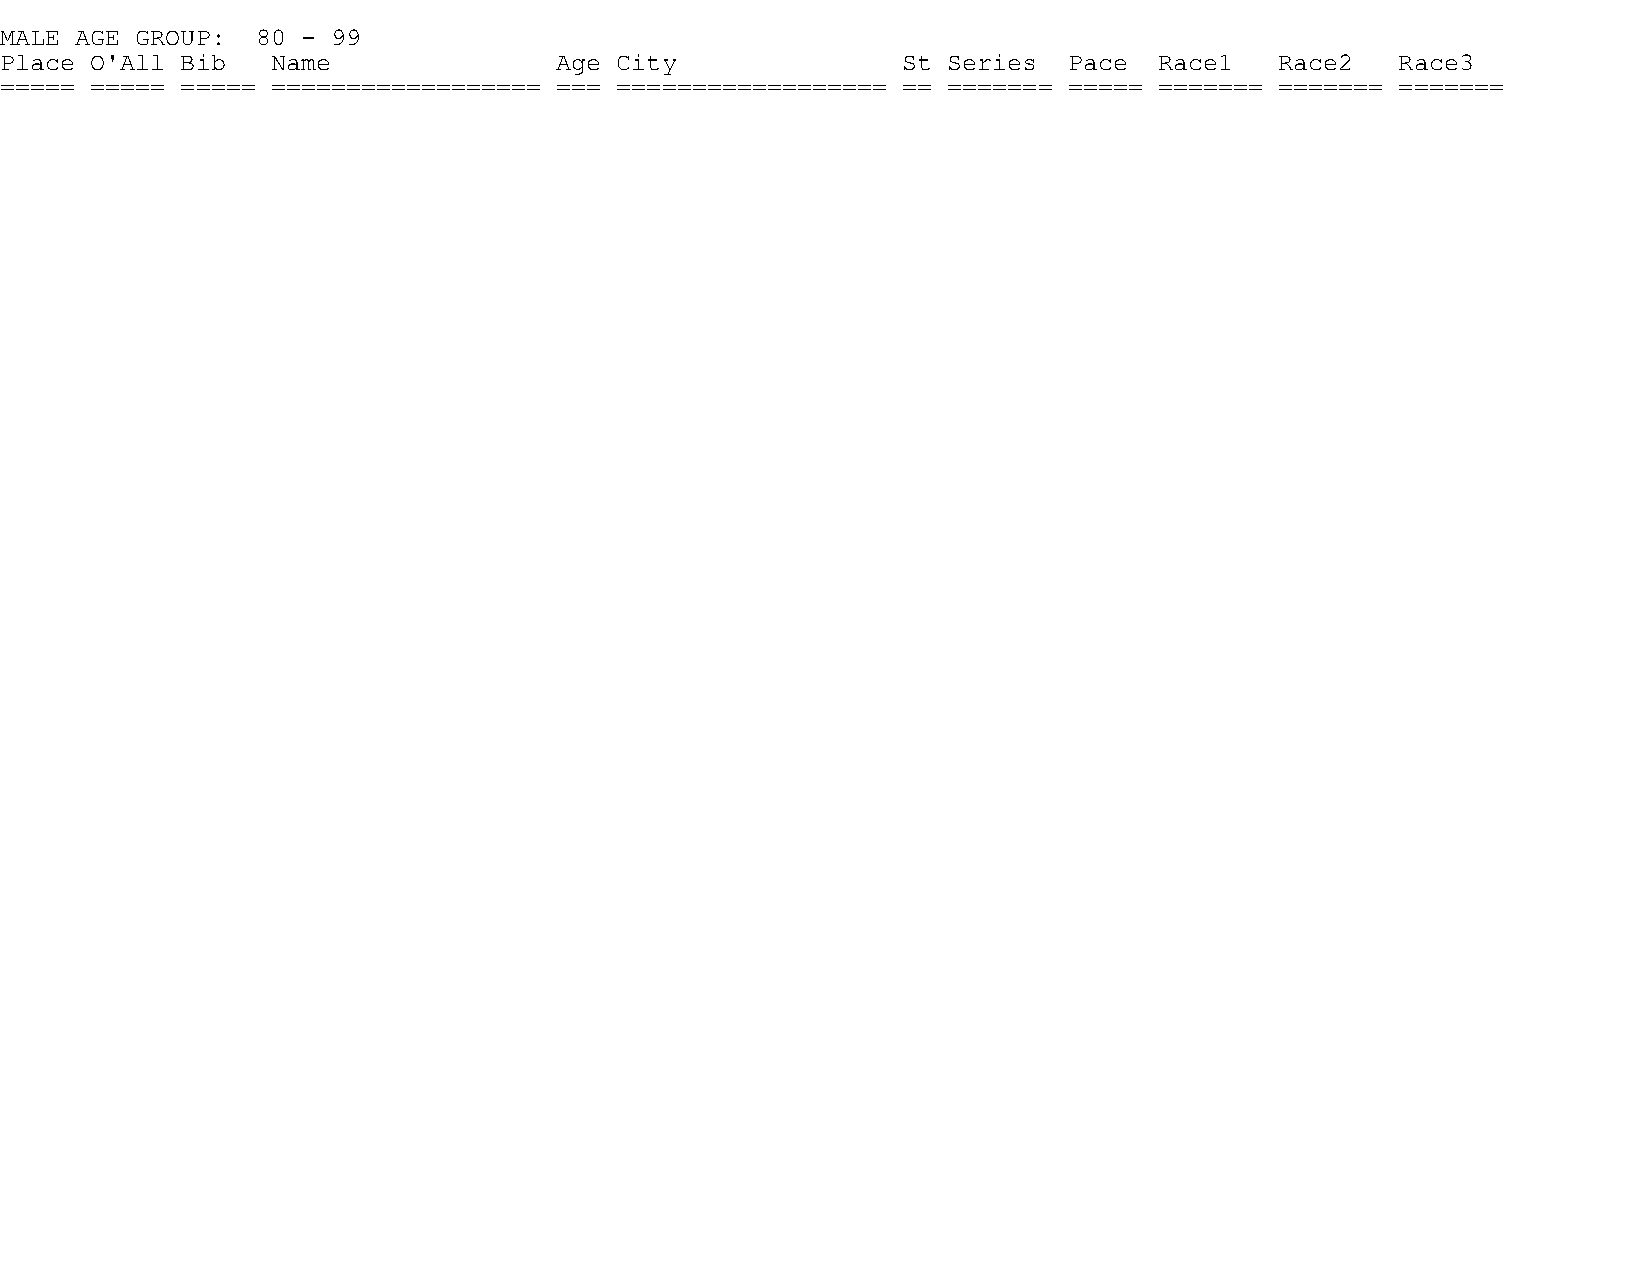
MALE AGE GROUP:  80 - 99
 Place O'All Bib   Name               Age City               St Series  Pace  Race1   Race2   Race3
 ===== ===== ===== ================== === ================== == ======= ===== ======= ======= =======